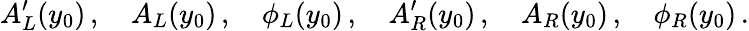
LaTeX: A_{L}^{\prime}(y_{0})\, ,\quad A_{L}(y_{0})\, ,\quad\phi_{L}(y_{0})\, ,\quad A_{R}^{\prime}(y_{0})\, ,\quad A_{R}(y_{0})\, ,\quad\phi_{R}(y_{0})\, .